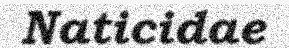
Naticidae